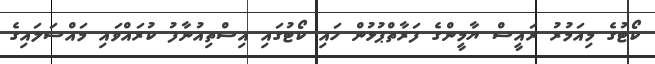
ކޯޓުގެ މިއަމުރު ރައީސް ޔާމީންގެ ފަރާތްޕުޅުން ހައި ކޯޓުގައި އިސްތިއުނާފު ކުރައްވައި މައްސަލައިގެ